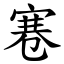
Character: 寋